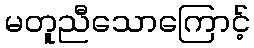
မတူညီသောကြောင့်